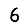
Digit: 6